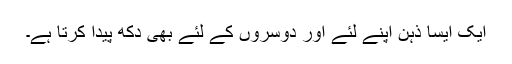
ایک ایسا ذہن اپنے لئے اور دوسروں کے لئے بھی دکھ پیدا کرتا ہے۔